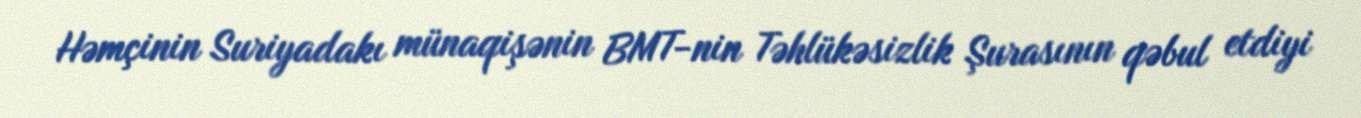
Həmçinin Suriyadakı münaqişənin BMT-nin Təhlükəsizlik Şurasının qəbul etdiyi